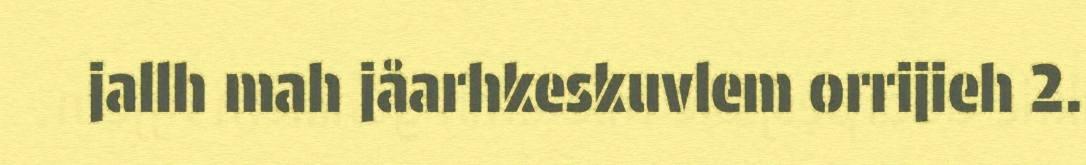
jallh mah jåarhkeskuvlem orrijieh 2.